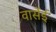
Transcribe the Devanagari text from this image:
वार्सेई